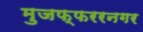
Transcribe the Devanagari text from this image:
मुजफ्फररनगर